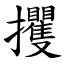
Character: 攫